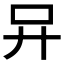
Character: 𠮽